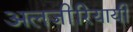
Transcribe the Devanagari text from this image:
अलजीरियायी